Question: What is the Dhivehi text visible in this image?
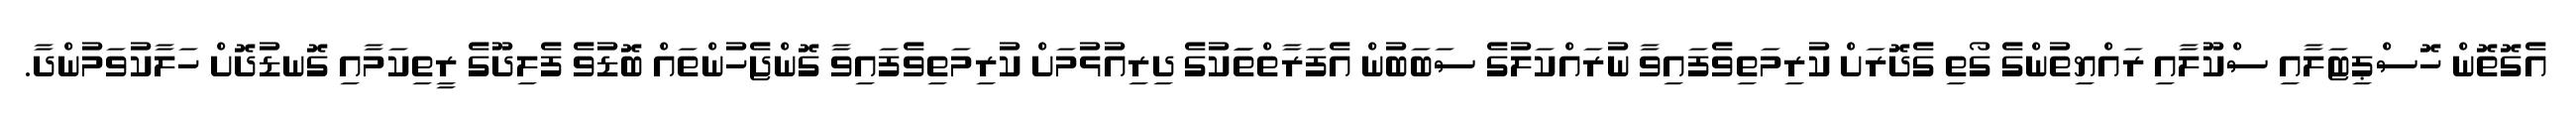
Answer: އެގޮތޮން ހޮސްޕިޓަލާއި ސްކޫލާއި ރައްޔިތުންގެ ގޯތި ގެދޮރަށް ކުރިމަތިވެފައިވާ ނުރައްކަލުގެ ސަބަބުން އެފަރާތްތަަކުގެ ދިރިއުޅުމަށް ކުރިމަތިވެފައިވާ ގޮންޖެހުންތައް ބޮޑުވެ ފެލިދޫގެ ރީތިކަމާއި ގޮނޑުދޮށް ހަލާކުވަމުންދާ.